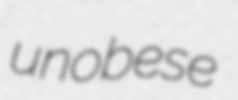
unobese